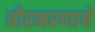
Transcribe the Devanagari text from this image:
वीरमरणाचे